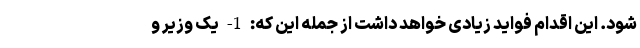
شود. این اقدام فواید زیادی خواهد داشت از جمله این که: 1- یک وزیر و